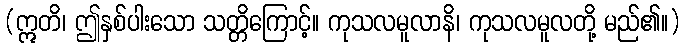
(ဣတိ၊ ဤနှစ်ပါးသော သတ္တိကြောင့်။ ကုသလမူလာနိ၊ ကုသလမူလတို့ မည်၏။)